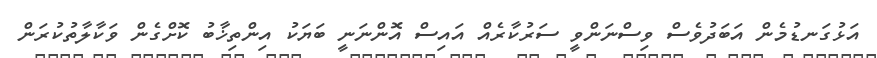
އަޅުގަނޑުމެން އަބަދުވެސް ވިސްނަންވީ ސަރުކާރެއް އައިސް އޮންނަނީ ބަޔަކު އިންތިޚާބު ކޮށްގެން ވަކާލާތުކުރަން